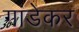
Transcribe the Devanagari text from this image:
गांडेकर